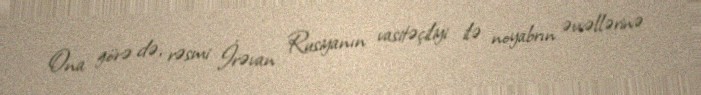
Ona görə də, rəsmi İrəvan Rusiyanın vasitəçiliyi ilə noyabrın əvvəllərinə